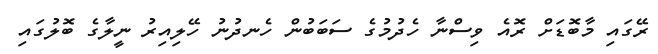
ރޭގައި މާބޮޑަށް ރޮއެ ވިސްނާ ހެދުމުގެ ސަބަބުން ހެނދުނު ހޭލިއިރު ނީލާގެ ބޮލުގައި